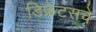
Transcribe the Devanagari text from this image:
डिफ्रेटसचे